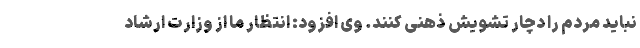
نباید مردم را دچار تشویش ذهنی کنند. وی افزود: انتظار ما از وزارت ارشاد